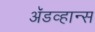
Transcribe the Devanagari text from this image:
अॅडव्हान्स